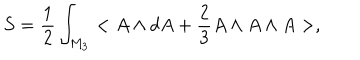
LaTeX: S = \frac { 1 } { 2 } \int _ { M _ { 3 } } < A \wedge d A + \frac { 2 } { 3 } A \wedge A \wedge A > ,